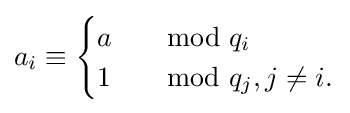
a_{i}\equiv {\begin{cases}a&\mod q_{i}\\1&\mod q_{j},j\neq i.\end{cases}}